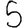
Digit: 5